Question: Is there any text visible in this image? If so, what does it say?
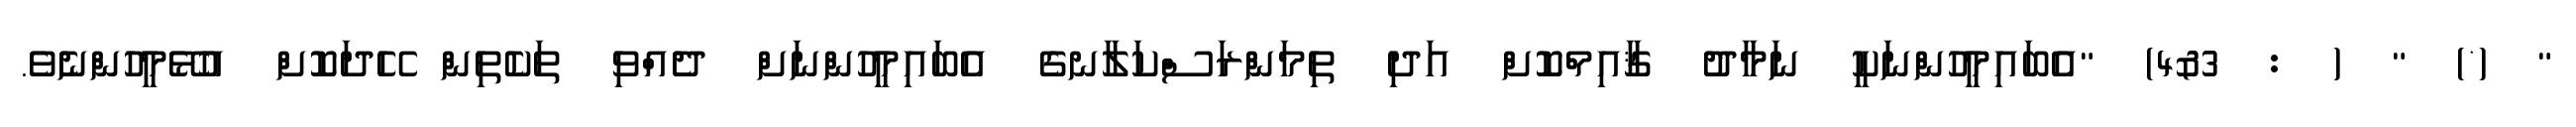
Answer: " (*) " ( : 3&4) "އެބައިމީހުންނަކީ ނަމާދު ޤާއިމްކޮށް އަދި ތިމަންރަސްކަލާނގެ އެބައިމީހުންނަށް ދެއްވި ތަކެތިން ހޭދަކޮށް އުޅޭމީހުންނެވެ.